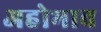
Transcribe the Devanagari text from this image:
अहोभाव